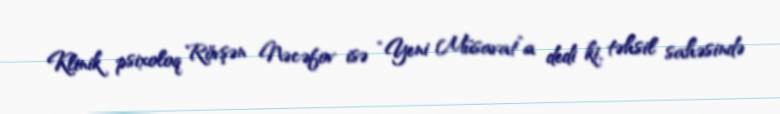
Klinik psixoloq Rövşən Nəcəfov isə “Yeni Müsavat”a dedi ki, təhsil sahəsində